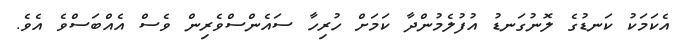
އެކަމަކު ކަނޑުގެ ލޮނުގަނޑު އުފުލެމުންދާ ކަމަށް ހުރިހާ ސައެންސްވެރިން ވެސް އެއްބަސްވެ އެވެ.